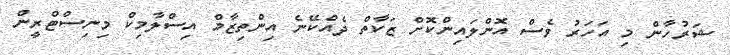
ޝަރުހާން މި އަަހަރު ވެސް އޮންލައިންކޮށް ޒަކާތް ދެއްކޭނެ އިންތިޒާމް އިސްލާމިކް މިނިސްޓްރީން